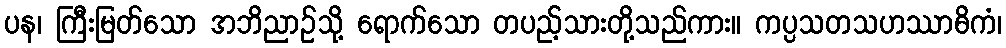
ပန၊ ကြီးမြတ်သော အဘိညာဉ်သို့ ရောက်သော တပည့်သားတို့သည်ကား။ ကပ္ပသတသဟဿာဓိကံ၊